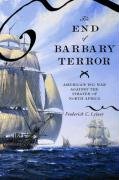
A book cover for The End of Barbary Terror: America's 1815 War against the Pirates of North Africa; Frederick C. Leiner; History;